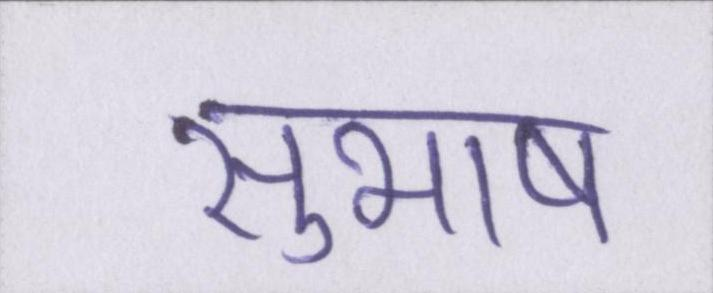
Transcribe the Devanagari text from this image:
सुभाष